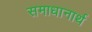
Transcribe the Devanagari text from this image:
समाधानार्थ